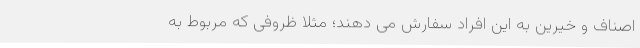
اصناف و خیرین به این افراد سفارش می دهند؛ مثلاً ظروفی که مربوط به